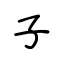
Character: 子